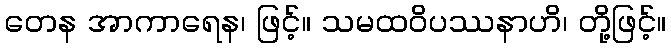
တေန အာကာရေန၊ ဖြင့်။ သမထဝိပဿနာဟိ၊ တို့ဖြင့်။